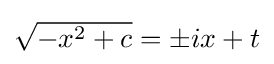
{\textstyle {\sqrt {-x^{2}+c}}=\pm ix+t}